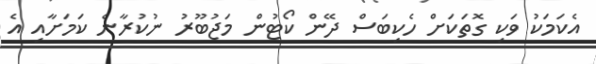
އެކަމަކު ވަކި ގޮތަކަށް ހެކިބަސް ދޭން ކޯޓުން މަޖުބޫރު ނުކުރާނެ ކަމަށާއި އެ